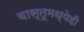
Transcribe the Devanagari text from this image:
वास्तूमध्येही